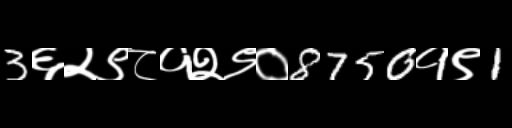
Text: 3६२९८१२९०8750१९1